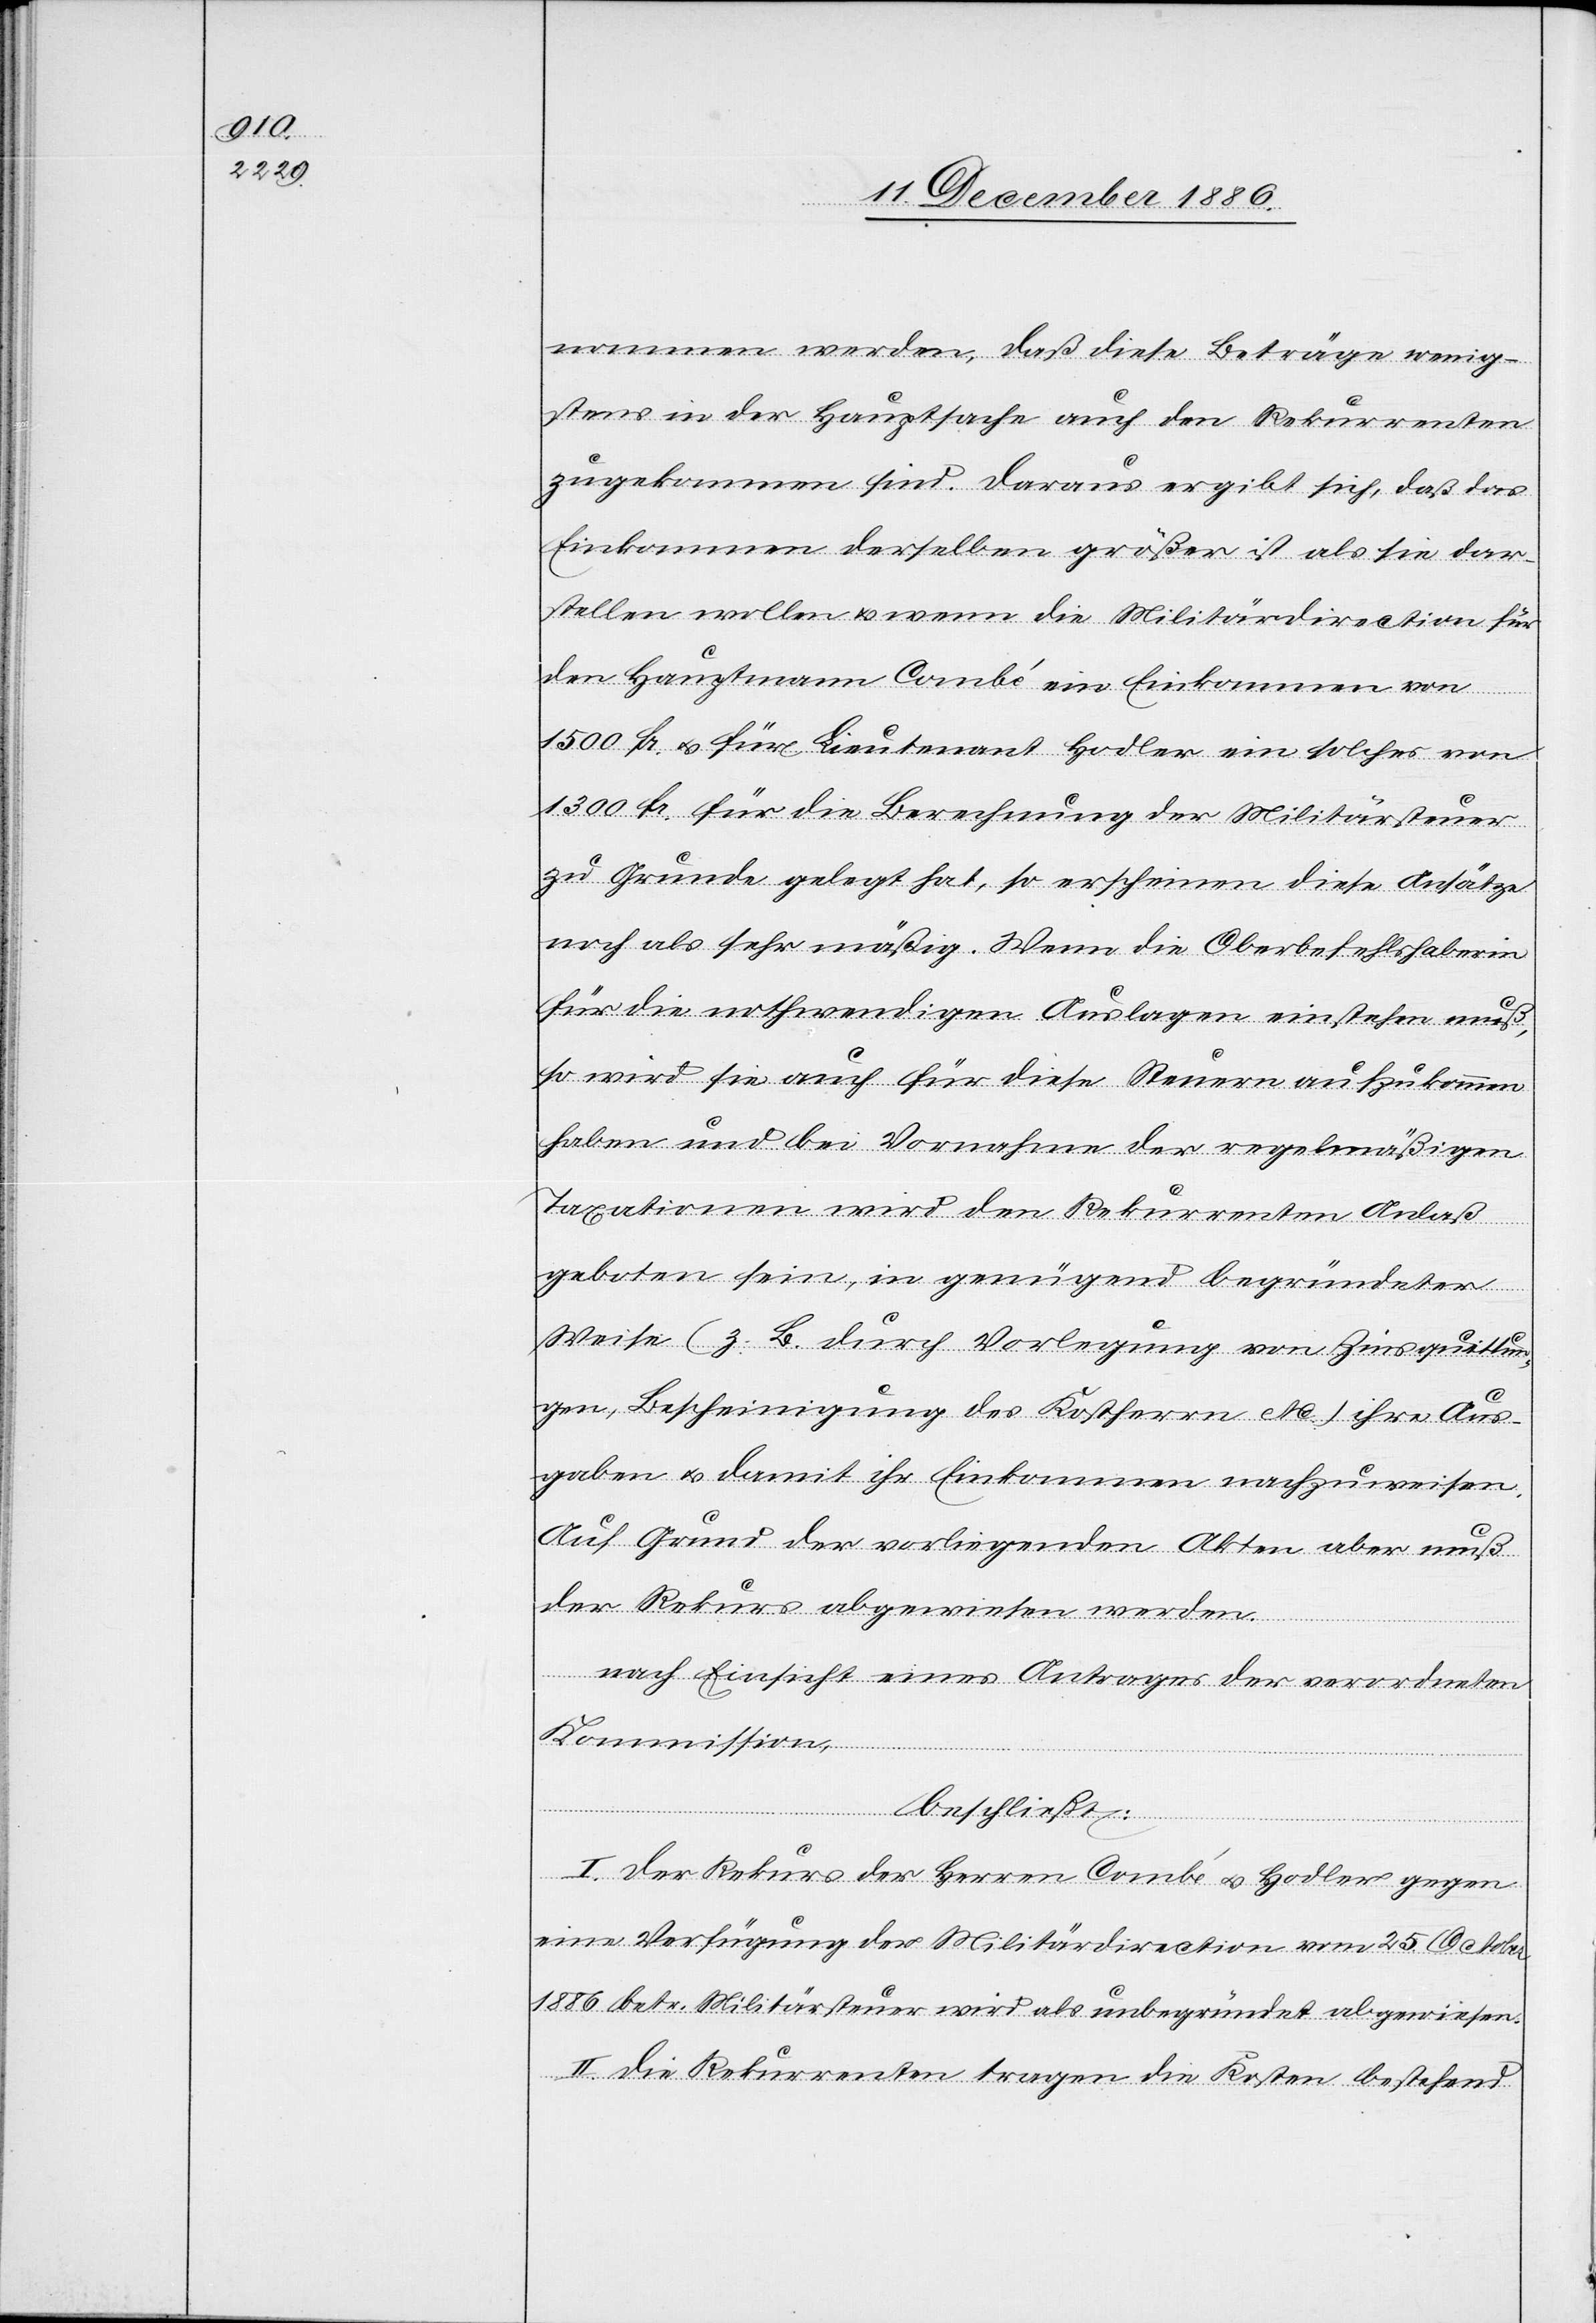
nommen werden, daß diese Beträge wenig¬
stens in der Hauptsache auch den Rekurrenten
zugekommen sind. Daraus ergibt sich, daß das
Einkommen derselben größer ist als sie dar¬
stellen wollen & wenn die Militärdirection für
den Hauptmann Combé ein Einkommen von
1500 Fr. & für Lieutenant Hodler ein solches von
1300 Fr. für die Berechnung der Militärsteuer
zu Grunde gelegt hat, so erscheinen diese Ansätze
noch als sehr mäßig. Wenn die Oberbefehlshaberin
für die nothwendigen Auslagen einstehen muß,
so wird sie auch für diese Steuern aufzukommen
haben und bei Vornahme der regelmäßigen
Taxationen wird den Rekurrenten Anlaß
geboten sein, in genügend begründeter
Weise (z. B. durch Vorlegung von Zinsquittun¬
gen, Bescheinigung des Kostherrn etc.) ihre Aus¬
gaben & damit ihr Einkommen nachzuweisen.
Auf Grund der vorliegenden Akten aber muß
der Rekurs abgewiesen werden.
nach Einsicht eines Antrages der verordneten
Kommission,
beschließt:
I. Der Rekurs der Herren Combé & Hodler gegen
eine Verfügung der Militärdirection vom 25. October
1886 betr. Militärsteuer wird als unbegründet abgewiesen.
II. Die Rekurrenten tragen die Kosten bestehend